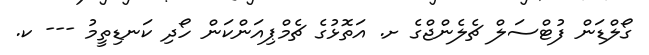
ގޯލްޑަން ފުޓްސަލް ޗެލެންޖްގެ ށ. އަތޮޅުގެ ޗެމްޕިއަންކަން ހޯދި ކަނޑިތީމު --- ކ.